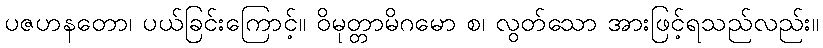
ပဇဟနတော၊ ပယ်ခြင်းကြောင့်။ ဝိမုတ္တာမိဂမော စ၊ လွတ်သော အားဖြင့်ရသည်လည်း။